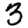
Digit: 3